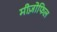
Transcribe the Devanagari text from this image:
मीज़ोफिल